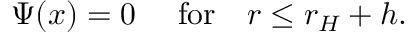
\Psi ( x ) = 0 ~ ~ ~ ~ \mathrm { f o r } ~ ~ ~ r \leq r _ { H } + h .